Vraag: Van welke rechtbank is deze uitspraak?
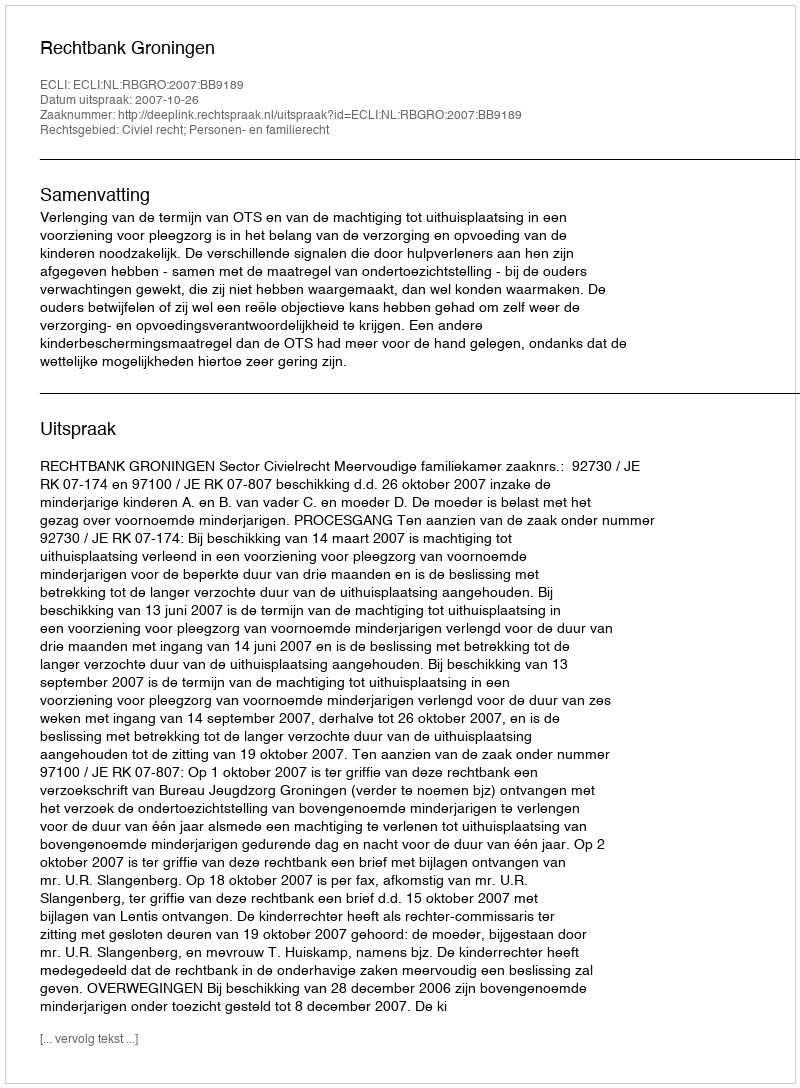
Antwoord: Rechtbank Groningen